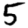
Digit: 5